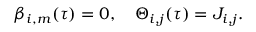
\begin{array} { r } { \beta _ { i , m } ( \tau ) = 0 , \quad \Theta _ { i , j } ( \tau ) = J _ { i , j } . } \end{array}